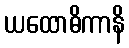
ယထောဓိကာနိ